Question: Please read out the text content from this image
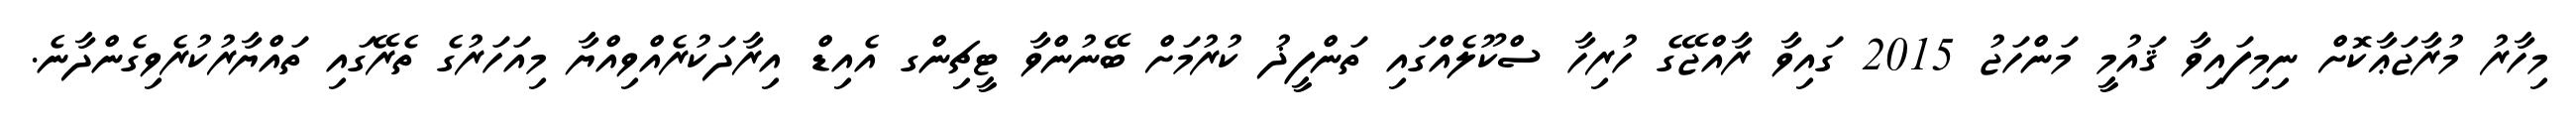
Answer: މިހާރު މުރާޖަޢާކޮށް ނިމިފައިވާ ޤައުމީ މަންހަޖު 2015 ގައިވާ ރާއްޖޭގެ ހުރިހާ ސްކޫލެއްގައި ތަންފީޛު ކުރުމަށް ބޭނުންވާ ޓީޗިންގ އެއިޑް އިރާދަކުރެއްވިއްޔާ މިއަހަރުގެ ތެރޭގައި ތައްޔާރުކުރެވިގެންދާނެ.